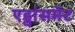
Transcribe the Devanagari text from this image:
एड्वांसमेंट